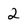
Character: 2